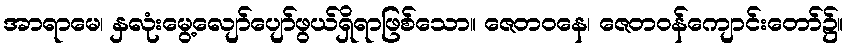
အာရာမေ၊ နှလုံးမွေ့လျော်ပျော်ဖွယ်ရှိရာဖြစ်သော။ ဇေတဝနေ၊ ဇေတဝန်ကျောင်းတော်၌။